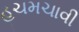
હચમચાવી